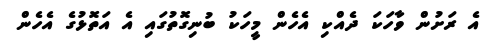
އެ ރަށުން ވާހަކަ ދެއްކި އެހެން މީހަކު ބުނިގޮތުގައި އެ އަތޮޅުގެ އެހެން